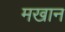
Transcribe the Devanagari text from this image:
मखान